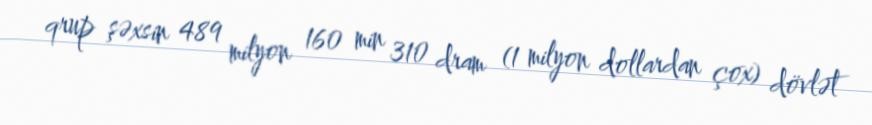
qrup şəxsin 489 milyon 160 min 310 dram (1 milyon dollardan çox) dövlət